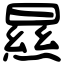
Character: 㬎